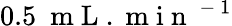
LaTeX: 0.5~\mathrm{~m~L~}.\mathrm{~m~i~n~}^{\mathrm{~-~}1}